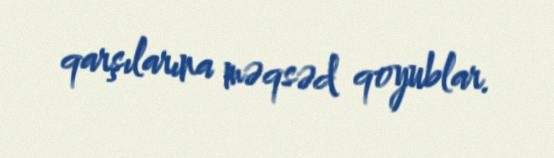
qarşılarına məqsəd qoyublar.